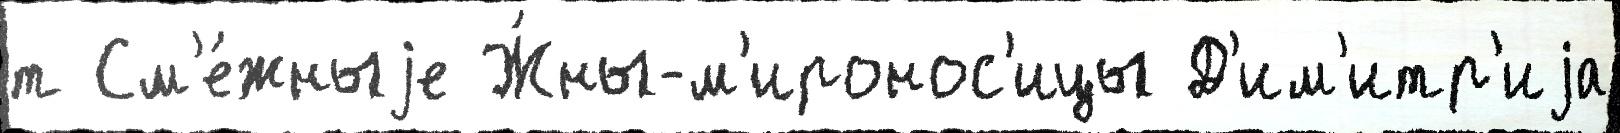
т См'е́жныjе Ж́ны-м'иронос'ицы Д'им'итр'иjа